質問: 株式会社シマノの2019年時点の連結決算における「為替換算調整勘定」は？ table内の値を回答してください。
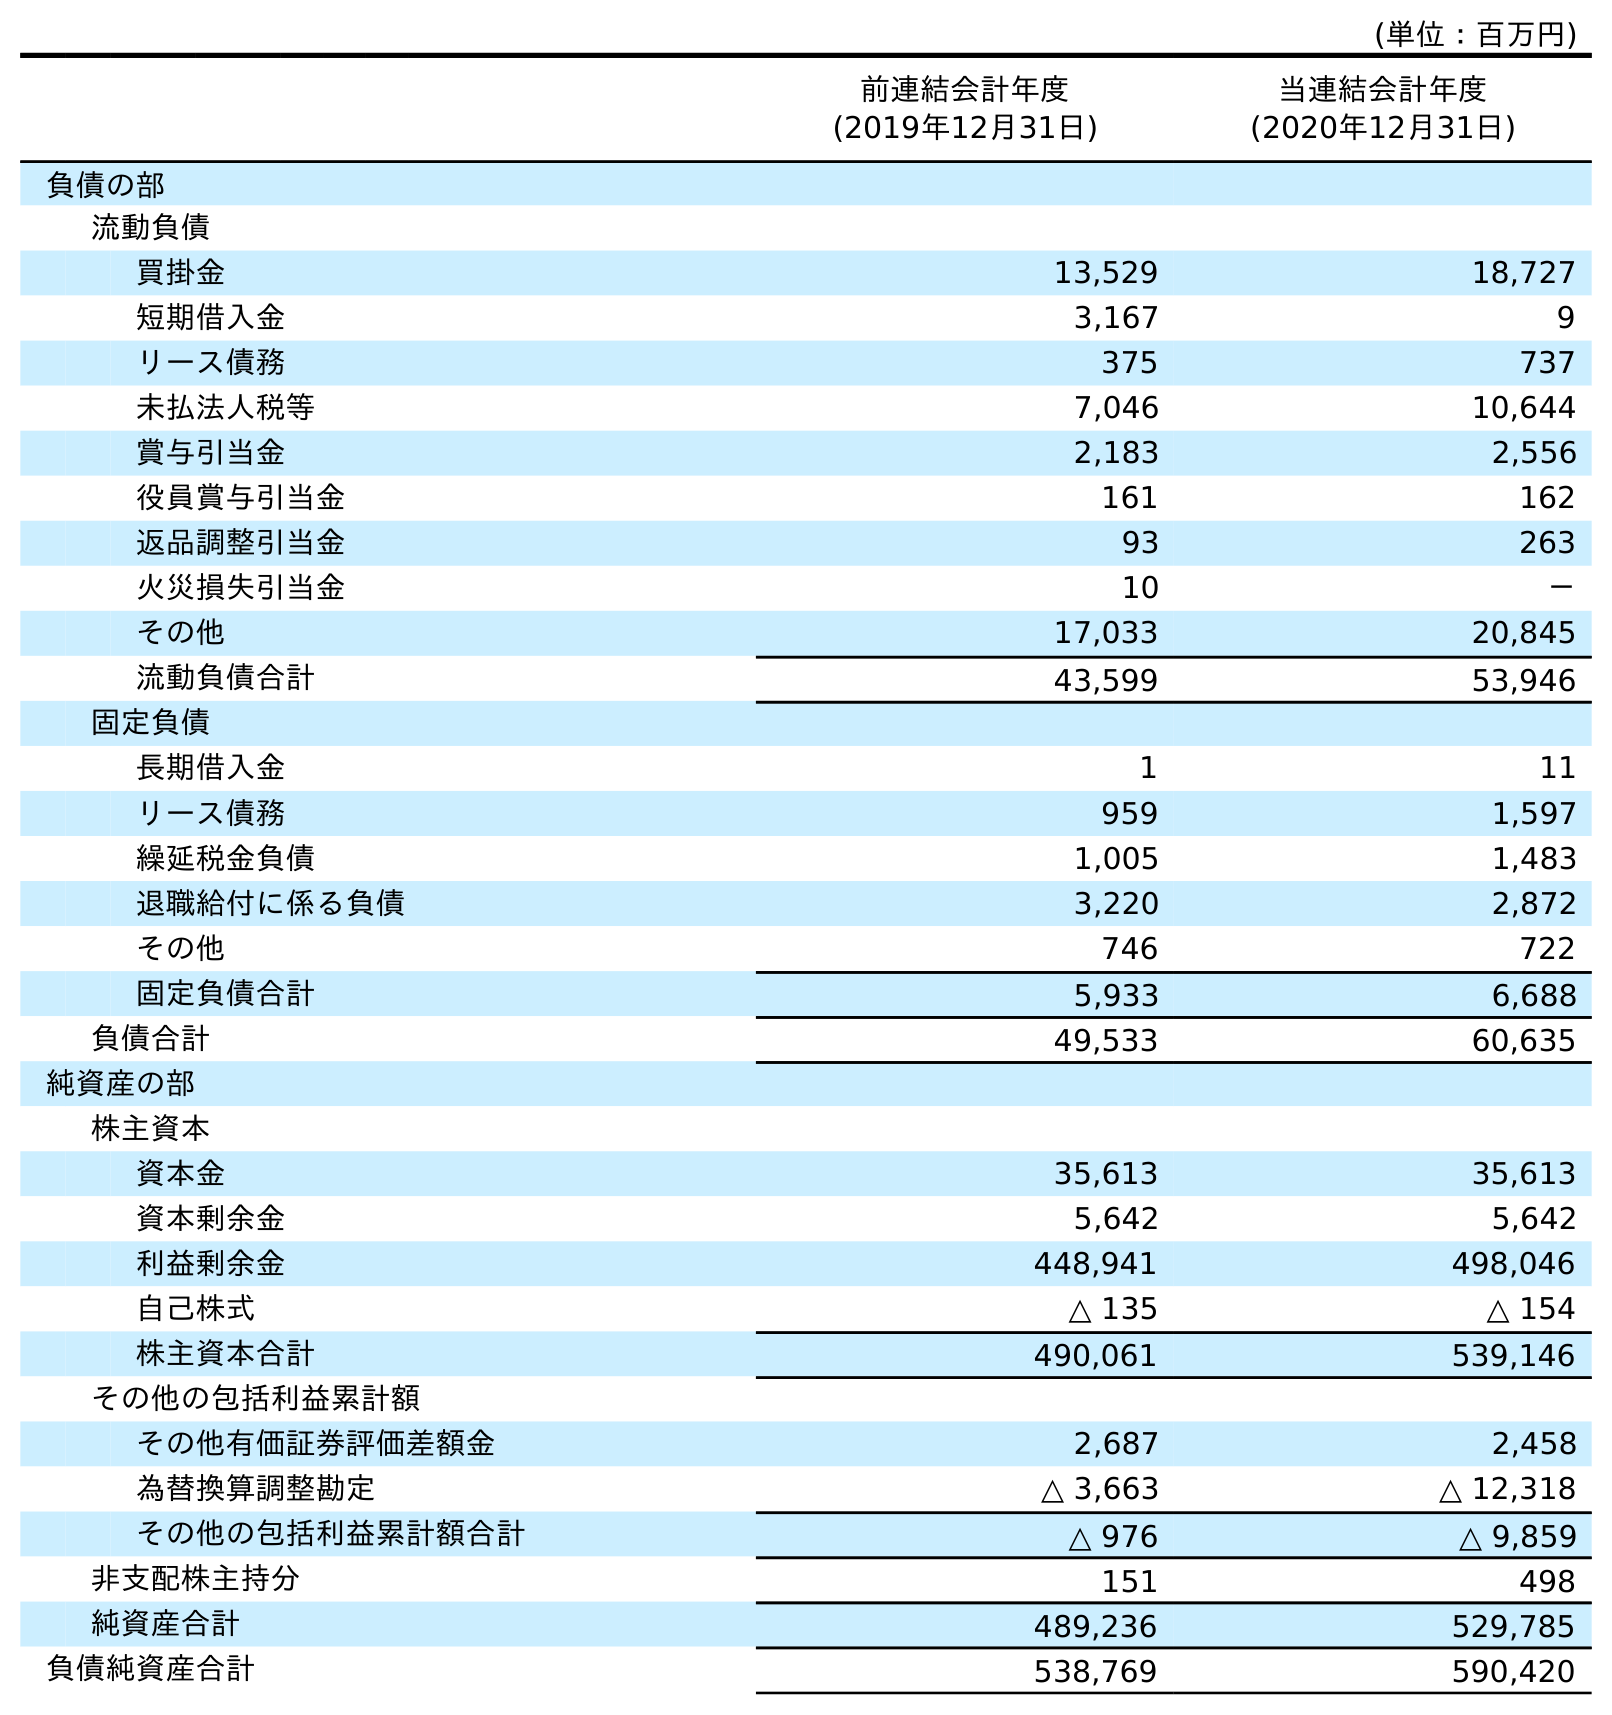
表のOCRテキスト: (単位：百万円) 前連結会計年度 (2019年12月31日) 当連結会計年度 (2020年12月31日) 負債の部 流動負債 買掛金 13,529 18,727 短期借入金 3,167 9 リース債務 375 737 未払法人税等 7,046 10,644 賞与引当金 2,183 2,556 役員賞与引当金 161 162 返品調整引当金 93 263 火災損失引当金 10 － その他 17,033 20,845 流動負債合計 43,599 53,946 固定負債 長期借入金 1 11 リース債務 959 1,597 繰延税金負債 1,005 1,483 退職給付に係る負債 3,220 2,872 その他 746 722 固定負債合計 5,933 6,688 負債合計 49,533 60,635 純資産の部 株主資本 資本金 35,613 35,613 資本剰余金 5,642 5,642 利益剰余金 448,941 498,046 自己株式 △ 135 △ 154 株主資本合計 490,061 539,146 その他の包括利益累計額 その他有価証券評価差額金 2,687 2,458 為替換算調整勘定 △ 3,663 △ 12,318 その他の包括利益累計額合計 △ 976 △ 9,859 非支配株主持分 151 498 純資産合計 489,236 529,785 負債純資産合計 538,769 590,420
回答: △3,663